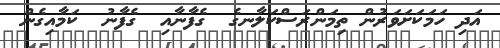
އަދި ހަމަކަށަވަރުން ތިމަންރަސްކަލާނގެ  ގެފާނާއި  ގެފާނު  ކަމާއިގެން